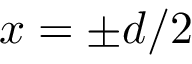
x = \pm d / 2